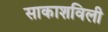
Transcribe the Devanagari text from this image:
साकाशविली